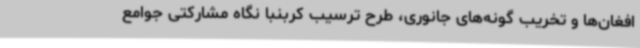
افغان‌ها و تخریب گونه‌های جانوری، طرح ترسیب کربنبا نگاه مشارکتی جوامع